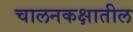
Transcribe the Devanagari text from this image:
चालनकक्षातील